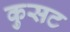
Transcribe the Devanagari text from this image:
कुसट